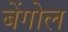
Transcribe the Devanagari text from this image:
बेंगोल